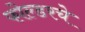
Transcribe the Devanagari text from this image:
फोल्डरचे